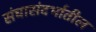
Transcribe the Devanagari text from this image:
संघासंदर्भातील